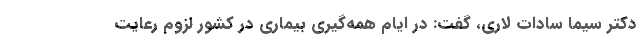
دکتر سیما سادات لاری، گفت: در ایام همه‌گیری بیماری در کشور لزوم رعایت